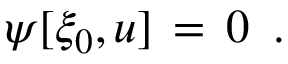
\begin{array} { r } { \psi [ \xi _ { 0 } , u ] \, = \, 0 \ \, . \ \ \ } \end{array}